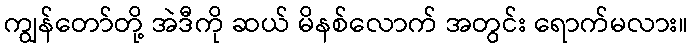
ကျွန်တော်တို့ အဲဒီကို ဆယ် မိနစ်လောက် အတွင်း ရောက်မလား။